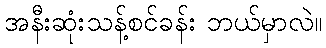
အနီးဆုံးသန့်စင်ခန်း ဘယ်မှာလဲ။